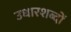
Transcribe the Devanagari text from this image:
उधारशब्दों